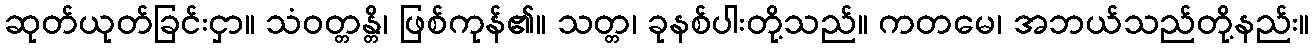
ဆုတ်ယုတ်ခြင်းငှာ။ သံဝတ္တန္တိ၊ ဖြစ်ကုန်၏။ သတ္တ၊ ခုနစ်ပါးတို့သည်။ ကတမေ၊ အဘယ်သည်တို့နည်း။